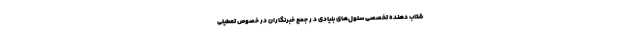
شتاب دهنده تخصصی سلول‌های بنیادی د ر جمع خبرنگاران در خصوص تعطیلی